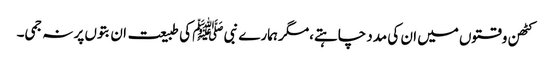
کٹھن وقتوں میں ان کی مدد چاہتے،مگر ہمارے نبی ﷺ کی طبیعت ان بتوں پر نہ جمی۔